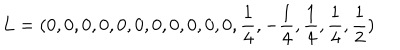
LaTeX: L = ( 0 , 0 , 0 , 0 , 0 , 0 , 0 , 0 , 0 , 0 , 0 , { \frac { 1 } { 4 } } , - { \frac { 1 } { 4 } } , { \frac { 1 } { 4 } } , { \frac { 1 } { 4 } } , { \frac { 1 } { 2 } } )